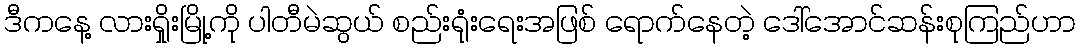
ဒီကနေ့ လားရှိုးမြို့ကို ပါတီမဲဆွယ် စည်းရုံးရေးအဖြစ် ရောက်နေတဲ့ ဒေါ်အောင်ဆန်းစုကြည်ဟာ